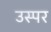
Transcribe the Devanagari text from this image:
उस्पर